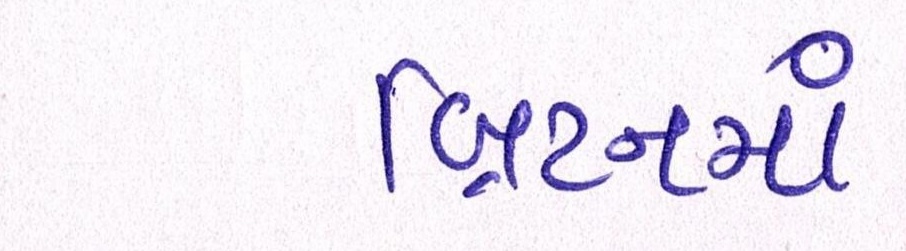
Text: બ્રિટનમાં